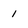
Character: 1